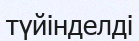
түйінделді